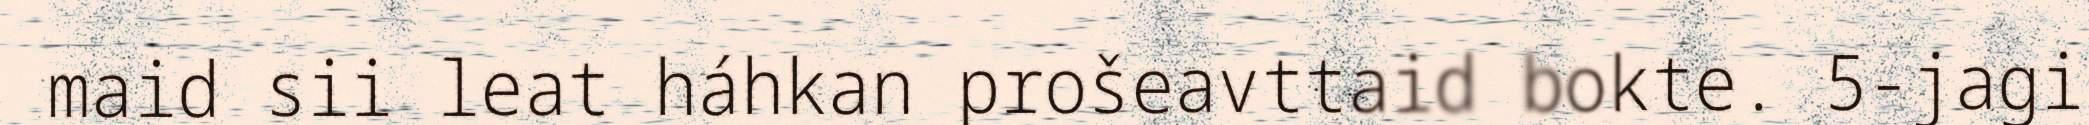
maid sii leat háhkan prošeavttaid bokte. 5-jagi